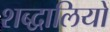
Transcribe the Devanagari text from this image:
शब्द्वालियों